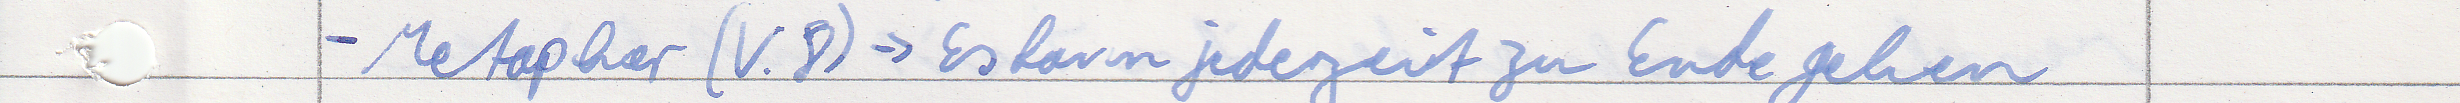
- Metapher (V.8) -> Es kann jederzeit zu Ende gehen